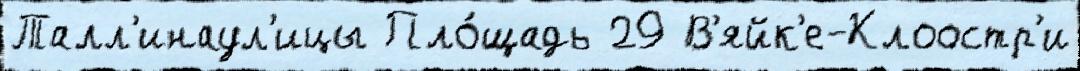
Талл'инаул'ицы Пло́щадь 29 В'яйк'е-Клоостр'и